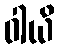
ဝါယိ